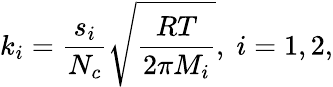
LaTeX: k_{i}=\frac{s_{i}}{N_{c}}\sqrt{\frac{RT}{2\pi M_{i}}},\; i=1,2,